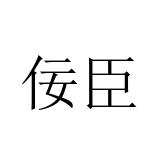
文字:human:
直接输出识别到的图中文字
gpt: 佞臣